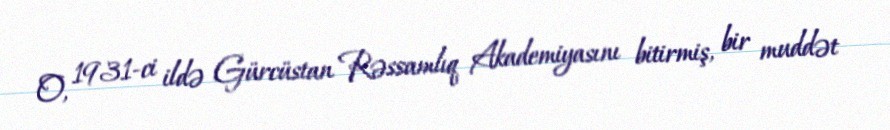
O, 1931-ci ildə Gürcüstan Rəssamlıq Akademiyasını bitirmiş, bir muddət